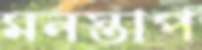
মনস্তাপ